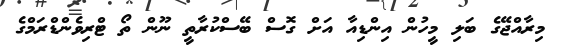
މިރާއްޖޭގެ ބަލި މީހުން އިންޑިއާ އަށް ގޮސް ބޭސްކުރާތީ ނޫން ތޯ ޓްރިވެންޑްރަމްގެ